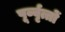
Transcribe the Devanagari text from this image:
पूर्व्वृत्तों